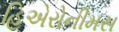
હિએરોનીમસ